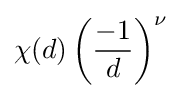
\chi (d)\left({\frac {-1}{d}}\right)^{\nu }